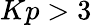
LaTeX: Kp>3